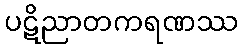
ပဋိညာတကရဏဿ